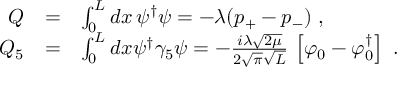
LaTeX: \begin{array} { r c l } { { Q } } & { { = } } & { { \int _ { 0 } ^ { L } d x \, \psi ^ { \dagger } \psi = - \lambda ( p _ { + } - p _ { - } ) \ , } } \\ { { Q _ { 5 } } } & { { = } } & { { \int _ { 0 } ^ { L } d x \psi ^ { \dagger } \gamma _ { 5 } \psi = - \frac { i \lambda \sqrt { 2 \mu } } { 2 \sqrt { \pi } \sqrt { L } } \, \left[ \varphi _ { 0 } - \varphi _ { 0 } ^ { \dagger } \right] \ . } } \end{array}